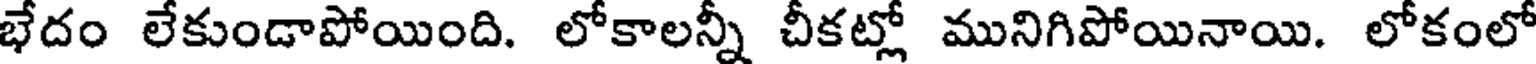
భేదం లేకుండాపోయింది. లోకాలన్నీ చీకట్లో మునిగిపోయినాయి. లోకంలో